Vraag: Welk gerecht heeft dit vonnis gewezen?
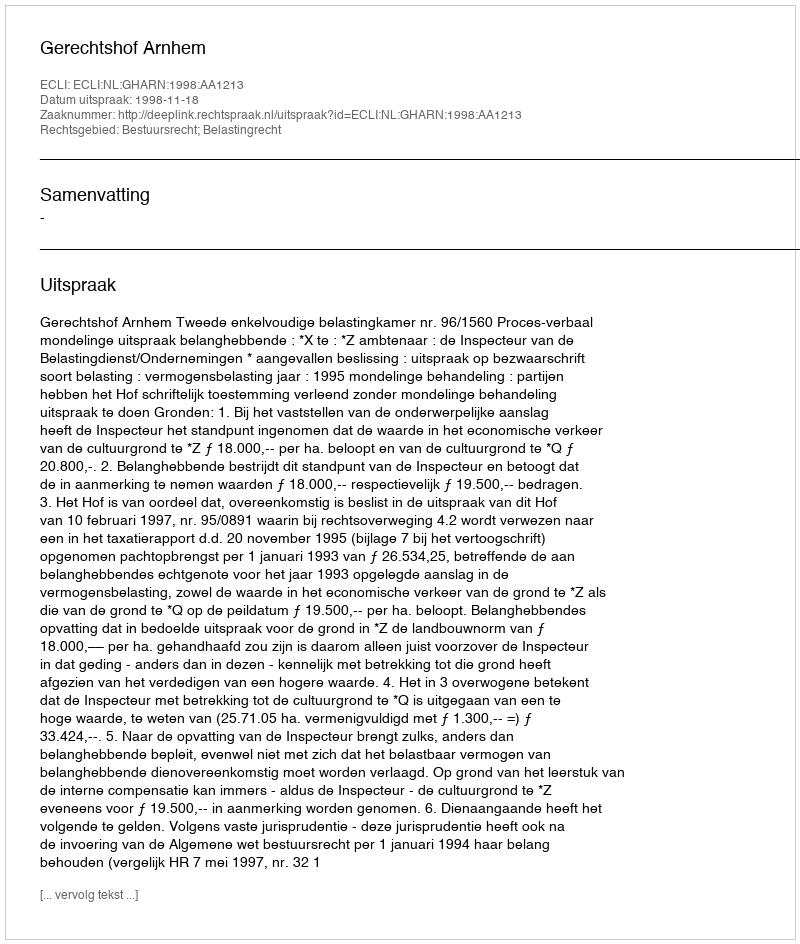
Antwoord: Gerechtshof Arnhem